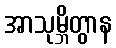
အာသုမ္ဘိတွာန